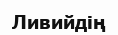
Ливийдің